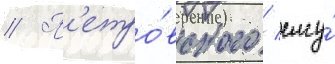
// П'етро́вского / ему́